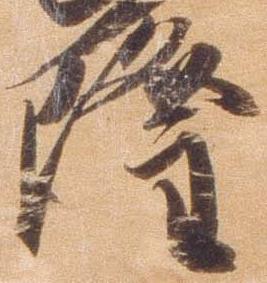
隆